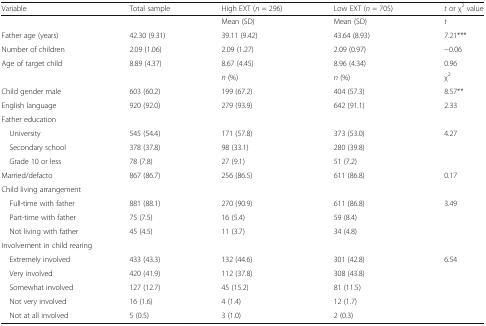
| Variable | Total sample | High EXT (n = 296) | Low EXT (n = 705) | t or χ2 value |
 | --- | --- | --- | --- | --- |
 |  |  | Mean (SD) | Mean (SD) | t |
 | Father age (years) | 42.30 (9.31) | 39.11 (9.42) | 43.64 (8.93) | 7.21*** |
 | Number of children | 2.09 (1.06) | 2.09 (1.27) | 2.09 (0.97) | −0.06 |
 | Age of target child | 8.89 (4.37) | 8.67 (4.45) | 8.96 (4.34) | 0.96 |
 |  |  | n (%) | n (%) | χ2 |
 | Child gender male | 603 (60.2) | 199 (67.2) | 404 (57.3) | 8.57** |
 | English language | 920 (92.0) | 279 (93.9) | 642 (91.1) | 2.33 |
 | <COLSPAN=5> Father education |
 | University | 545 (54.4) | 171 (57.8) | 373 (53.0) | 4.27 |
 | Secondary school | 378 (37.8) | 98 (33.1) | 280 (39.8) |  |
 | Grade 10 or less | 78 (7.8) | 27 (9.1) | 51 (7.2) |  |
 | Married/defacto | 867 (86.7) | 256 (86.5) | 611 (86.8) | 0.17 |
 | <COLSPAN=5> Child living arrangement |
 | Full-time with father | 881 (88.1) | 270 (90.9) | 611 (86.8) | 3.49 |
 | Part-time with father | 75 (7.5) | 16 (5.4) | 59 (8.4) |  |
 | Not living with father | 45 (4.5) | 11 (3.7) | 34 (4.8) |  |
 | <COLSPAN=5> Involvement in child rearing |
 | Extremely involved | 433 (43.3) | 132 (44.6) | 301 (42.8) | 6.54 |
 | Very involved | 420 (41.9) | 112 (37.8) | 308 (43.8) |  |
 | Somewhat involved | 127 (12.7) | 45 (15.2) | 81 (11.5) |  |
 | Not very involved | 16 (1.6) | 4 (1.4) | 12 (1.7) |  |
 | Not at all involved | 5 (0.5) | 3 (1.0) | 2 (0.3) |  |